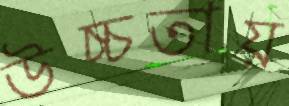
উচ্চতায়